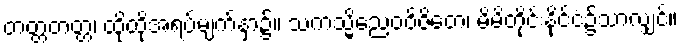
တတ္တတတ္တ၊ ထိုထိုအရပ်မျက်နှာ၌။ သကသ္မိညေဝဝိဇိတေ၊ မိမိတိုင်းနိုင်ငံ၌သာလျှင်။